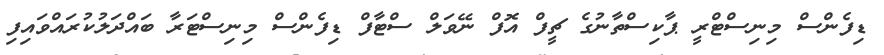
ޑިފެންސް މިނިސްޓްރީ ޕާކިސްތާނުގެ ޗީފް އޮފް ނޭވަލް ސްޓާފް ޑިފެންސް މިނިސްޓަރާ ބައްދަލުކުރައްވައިފި